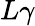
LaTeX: L\gamma